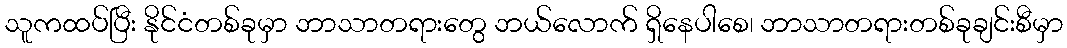
သူကထပ်ပြီး နိုင်ငံတစ်ခုမှာ ဘာသာတရားတွေ ဘယ်လောက် ရှိနေပါစေ၊ ဘာသာတရားတစ်ခုချင်းစီမှာ